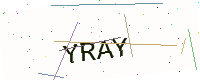
Text: YRAY